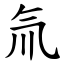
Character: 氚